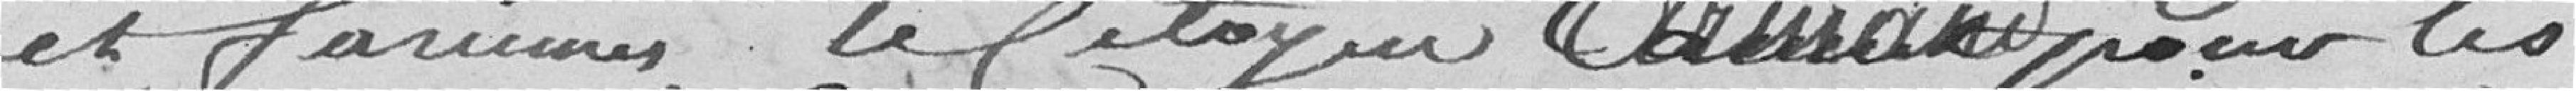
et farines, le citoyen Armand pour les